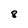
Character: 8